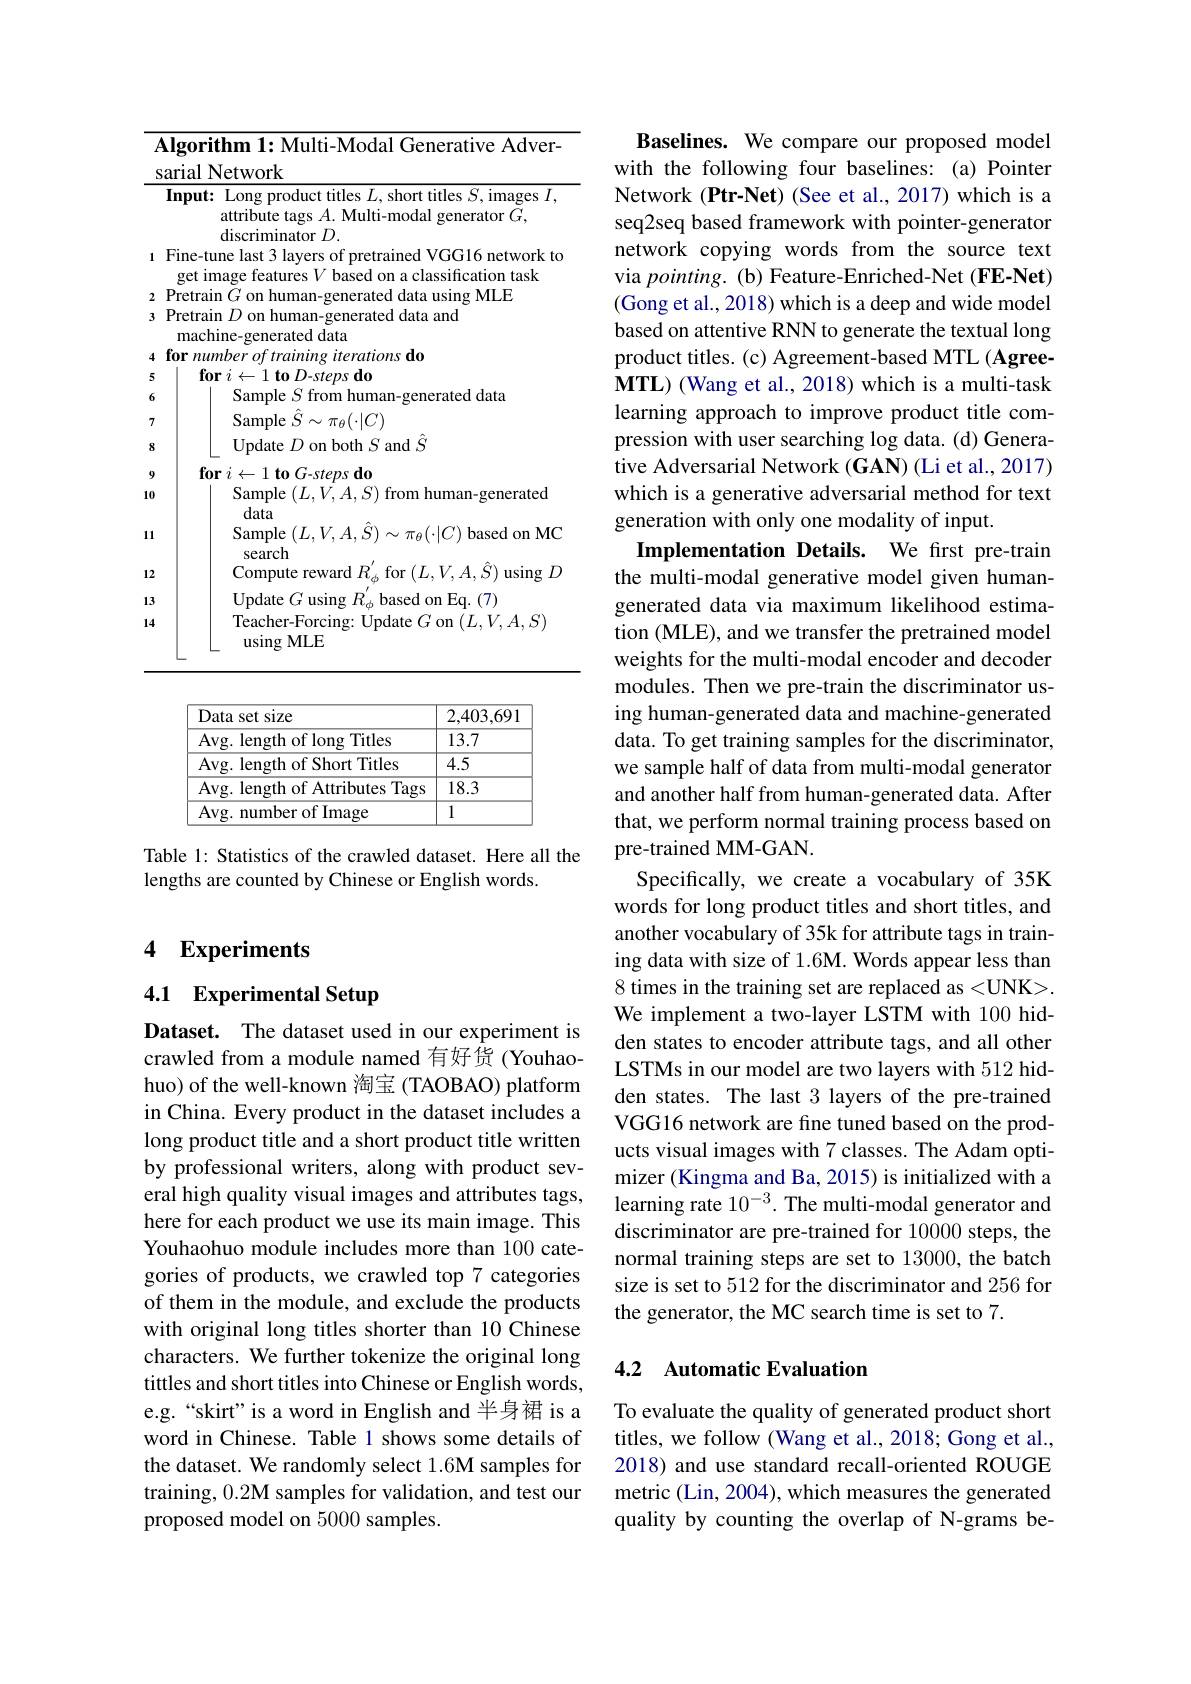
<table>
	<tbody>
		<tr>
			<td>1</td>
			<td>$\textbf{lgorithm 1: Multi- Modal Generative Adver- }$ arial Network</td>
		</tr>
		<tr>
			<td> </td>
			<td>Input: Long product titles $L$, short titles $S$, images $I$, attribute tags $A.$ Multi-modal generator $G$, $\operatorname{discriminator}D.$</td>
		</tr>
		<tr>
			<td>1</td>
			<td>Fine-tune last 3 layers of pretrained VGG16 network to get image features $V$ based on a classification task</td>
		</tr>
		<tr>
			<td>2</td>
			<td>Pretrain $\left(\frac{1}{T}\right)$ on l $M|.$ 1 1.1 huma dafa</td>
		</tr>
		<tr>
			<td>3</td>
			<td>Pretrain $D$ on human-generated data and machine-generated data</td>
		</tr>
		<tr>
			<td>4</td>
			<td>for number of training iterationsdo</td>
		</tr>
		<tr>
			<td>5</td>
			<td>$\textbf{for }i$ TO steps do</td>
		</tr>
		<tr>
			<td>6</td>
			<td>Sample S t trom niman -generated data</td>
		</tr>
		<tr>
			<td>7</td>
			<td>${\mathrm{Sample~}\hat{S}}\sim\pi_{\theta}(\cdot|C)$</td>
		</tr>
		<tr>
			<td>8</td>
			<td>$\because n\sigma\setminus|V/$ Update $D$ on both $S$ and $\ddot{S}$</td>
		</tr>
		<tr>
			<td>8</td>
			<td>uri p annu h</td>
		</tr>
		<tr>
			<td>9 .0</td>
			<td>$\textbf{for }i\leftarrow 1\textbf{ to G- steps do}$ Sample $(L,V,A,S)$ from human-generated data</td>
		</tr>
	</tbody>
</table>

<table>
	<tbody>
		<tr>
			<th>Data set size</th>
			<th>2,403,69</th>
		</tr>
		<tr>
			<td>Avg. length of long Titles</td>
			<td>13.7</td>
		</tr>
		<tr>
			<td>Avg. length of Short Titles</td>
			<td>4.5</td>
		</tr>
		<tr>
			<td>Avg. length of Attributes Tags</td>
			<td>18.3</td>
		</tr>
		<tr>
			<td>Avg. number of Image</td>
			<td>1</td>
		</tr>
	</tbody>
</table>

Table 1: Statistics of the crawled dataset. Here all the
lengths are counted by Chinese or English words.

## 4 Experiments

4.1 Experimental Setup

Dataset. The dataset used in our experiment is crawled from a module named 有好货 (Youhaohuo) of the well-known 淘宝 (TAOBAO) platform in China. Every product in the dataset includes a long product title and a short product title written by professional writers, along with product sevhere for each product we use its main image. This Youhaohuo module includes more than 100 categories of products, we crawled top 7 categories of them in the module, and exclude the products with original long titles shorter than 10 Chinese characters. We further tokenize the original long tittles and short titles into Chinese or English words, e.g.“skirt”is a word in English and 半身裙 is a word in Chinese. Table 1 shows some details of the dataset. We randomly select 1.6M samples for training, 0.2M samples for validation, and test our proposed model on 5000 samples.

Baselines. We compare our proposed model with the following four baselines: (a) Pointer Network (Ptr-Net) (See et al., 2017) which is a seq2seq based framework with pointer-generator network copying words from the source text via $pointing.$ (b) Feature-Enriched-Net (FE-Net) (Gong et al., 2018) which is a deep and wide model based on attentive RNN to generate the textual long product titles. (c) Agreement-based MTL (Agree- $\mathbf{MTL})$ (Wang et al., 2018) which is a multi-task learning approach to improve product title compression with user searching log data. (d) Generative Adversarial Network (GAN) (Li et al., 2017) which is a generative adversarial method for text generation with only one modality of input.
Implementation Details. We fırst pre-train the multi-modal generative model given humangenerated data via maximum likelihood estimation (MLE), and we transfer the pretrained model weights for the multi-modal encoder and decoder modules. Then we pre-train the discriminator using human-generated data and machine-generated data. To get training samples for the discriminator, we sample half of data from multi-modal generator and another half from human-generated data. After that, we perform normal training process based on pre-trained MM-GAN.
Specifically, we create a vocabulary of 35K words for long product titles and short titles, and another vocabulary of 35k for attribute tags in training data with size of 1.6M. Words appear less than 8 times in the training set are replaced as <UNK> We implement a two-layer LSTM with 100 hidden states to encoder attribute tags, and all other LSTMs in our model are two layers with 512 hidden states. The last 3 layers of the pre-trained VGG16 network are fine tuned based on the products visual images with 7 classes. The Adam optimizer (Kingma and Ba, 2015) is initialized with a
eral high quality visual images and attributes tags, learning rate $10^{-3}.$ The multi-modal generator and
discriminator are pre-trained for 10000 steps, the normal training steps are set to 13000, the batch size is set to 512 for the discriminator and 256 for the generator, the MC search time is set to 7.

## 4.2 Automatic Evaluation

To evaluate the quality of generated product short titles, we follow (Wang et al., 2018; Gong et al., 2018) and use standard recall-oriented ROUGE metric (Lin, 2004), which measures the generated quality by counting the overlap of N-grams be-